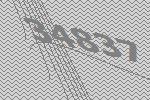
34837